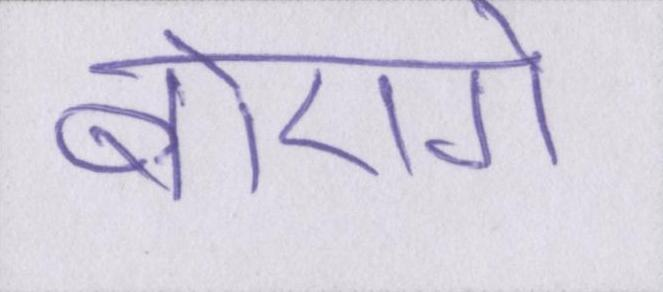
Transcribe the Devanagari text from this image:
बोएगे